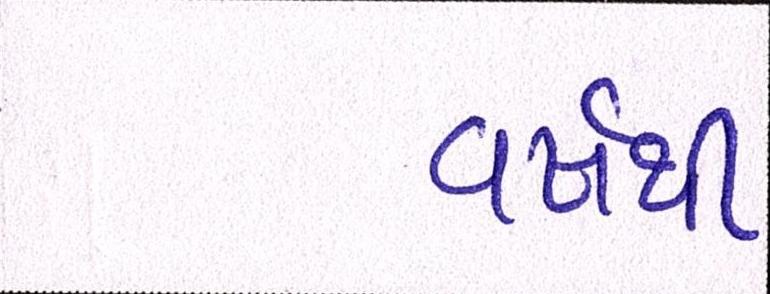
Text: વર્ષથી